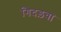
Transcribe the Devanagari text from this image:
गिदड़वा